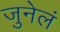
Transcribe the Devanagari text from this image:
जुनेलं